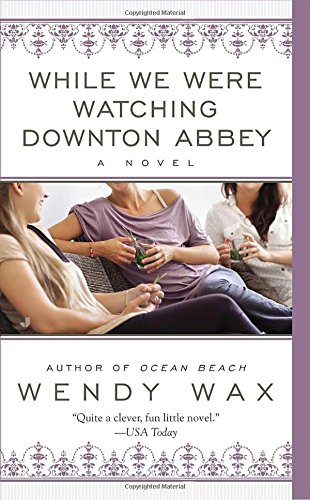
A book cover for While We Were Watching Downton Abbey; Wendy Wax; Literature & Fiction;